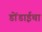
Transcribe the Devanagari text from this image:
डोंडाईचा